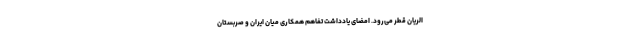
الریان قطر می‌رود. امضای یادداشت تفاهم همکاری میان ایران و صربستان